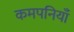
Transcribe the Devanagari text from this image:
कमपनियाँ